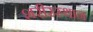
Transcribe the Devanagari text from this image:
शरीरस्थान